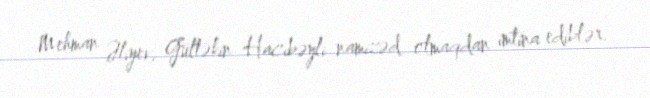
Mehman Əliyev, Gültəkin Hacıbəyli namizəd olmaqdan imtina ediblər.